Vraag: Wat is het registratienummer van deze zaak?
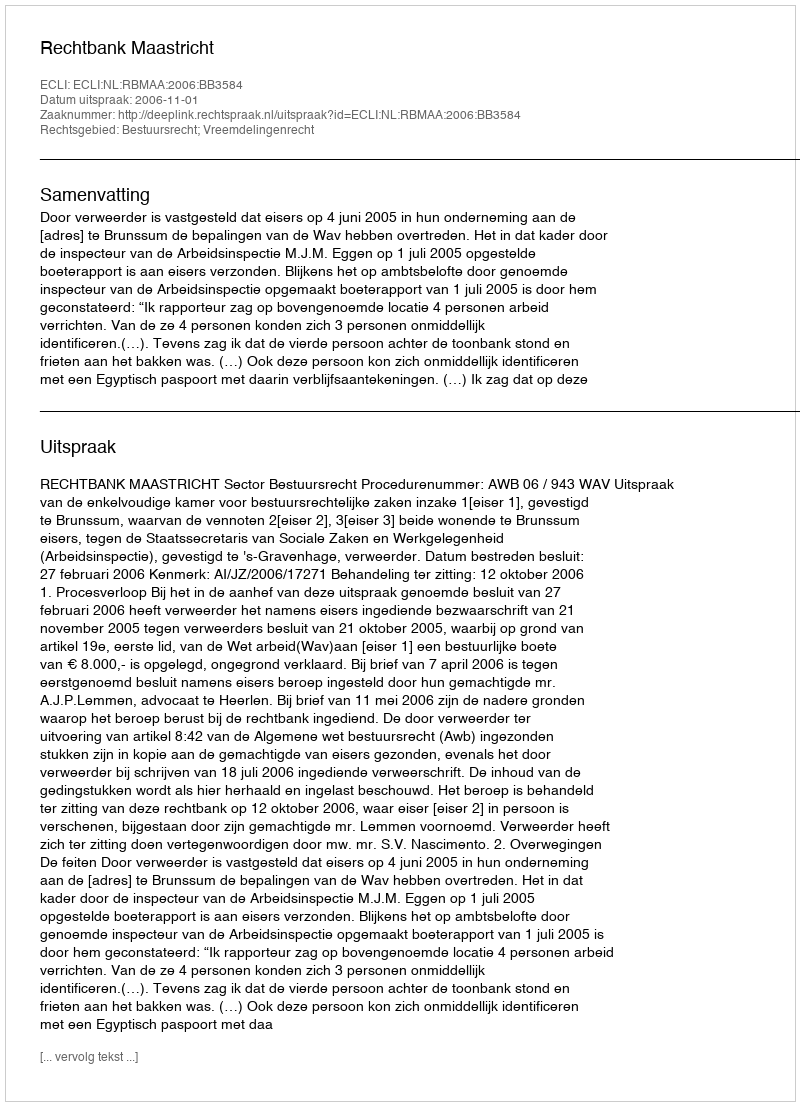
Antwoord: http://deeplink.rechtspraak.nl/uitspraak?id=ECLI:NL:RBMAA:2006:BB3584